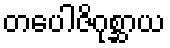
တပေါဇိဂုစ္ဆာယ